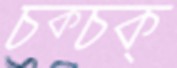
চক্‌চক্‌